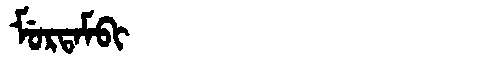
Manchu: ᠮᡠᡵᡨᠠᠮᠪᡳ
Romanization: MURTAMBI